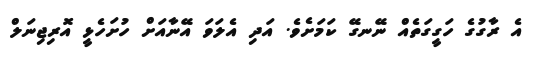
އެ ރާގުގެ ހަގީގަތެއް ނޭނގޭ ކަމަށެވެ. އަދި އެލަވަ އޭނާއަށް ހުށަހެޅީ އޮރިޖިނަލް